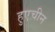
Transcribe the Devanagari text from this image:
हुएचीन